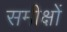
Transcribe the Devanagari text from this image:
समीक्षों